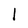
Character: l